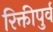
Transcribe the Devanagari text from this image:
रिक्तीपुर्व